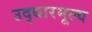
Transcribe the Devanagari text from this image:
उद्धारमूल्य